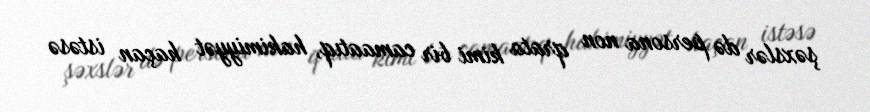
şəxslər də persona non qrata kimi bir camaatıq, hakimiyyət haçan istəsə